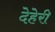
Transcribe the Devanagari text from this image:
देहेरी